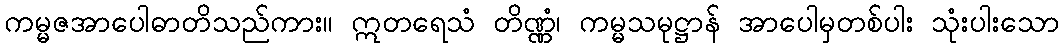
ကမ္မဇအာပေါဓာတိသည်ကား။ ဣတရေသံ တိဏ္ဏံ၊ ကမ္မသမုဋ္ဌာန် အာပေါမှတစ်ပါး သုံးပါးသော